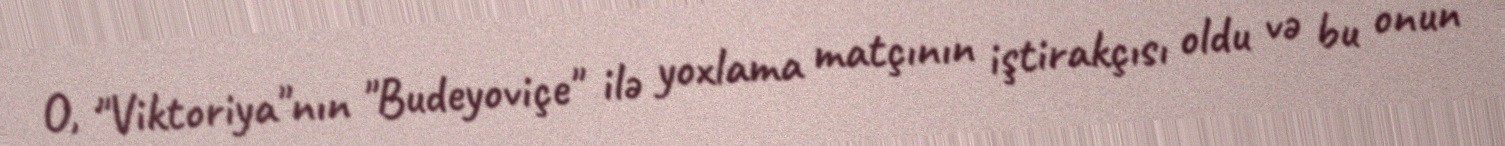
O, "Viktoriya"nın "Budeyoviçe" ilə yoxlama matçının iştirakçısı oldu və bu onun